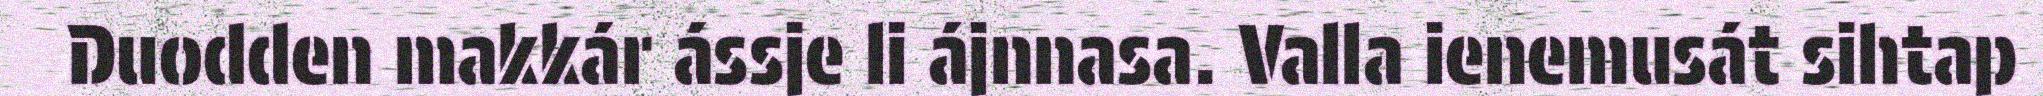
Duodden makkár ássje li ájnnasa. Valla ienemusát sihtap